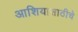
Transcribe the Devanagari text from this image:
आशियासाठीचे